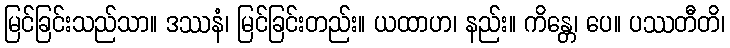
မြင်ခြင်းသည်သာ။ ဒဿနံ၊ မြင်ခြင်းတည်း။ ယထာဟ၊ နည်း။ ကိန္တေ၊ ပေ။ ပဿတီတိ၊